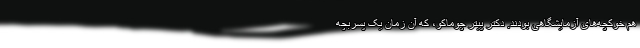
هم خوکچه‌های آزمایشگاهی بودند. دکتر پیتر چوماکو، که آن زمان یک پسربچه